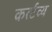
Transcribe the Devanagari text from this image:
कर्त्टव्य